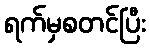
ရက်မှစတင်ပြီး